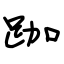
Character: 跏